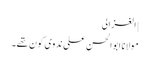
| الغزالی
مولانا ابوالحسن علی ندوی کون تھے۔